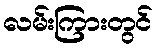
လမ်းကြားတွင်